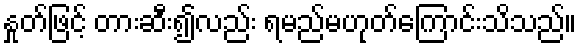
နှုတ်ဖြင့် တားဆီး၍လည်း ရမည်မဟုတ်ကြောင်းသိသည်။